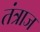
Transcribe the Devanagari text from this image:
तंत्राज